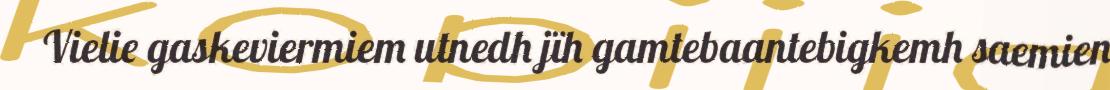
Vielie gaskeviermiem utnedh jïh gamtebaantebigkemh saemien